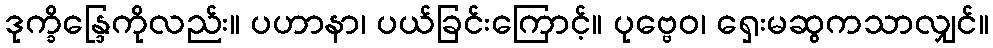
ဒုက္ခိန္ဒြေကိုလည်း။ ပဟာနာ၊ ပယ်ခြင်းကြောင့်။ ပုဗ္ဗေဝ၊ ရှေးမဆွကသာလျှင်။